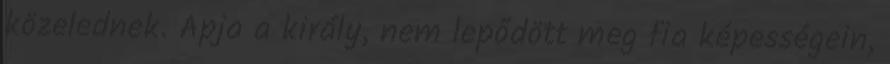
közelednek. Apja a király, nem lepődött meg fia képességein,